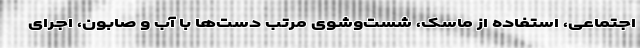
اجتماعی، استفاده از ماسک، شست‌وشوی مرتب دست‌ها با آب و صابون، اجرای